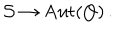
{ \cal S } \to \mathrm { A u t } ( Q ) \, .